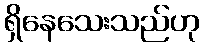
ရှိနေသေးသည်ဟု